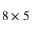
8 \times 5